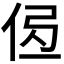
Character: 𰂄